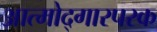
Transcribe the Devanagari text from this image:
आत्मोद्गारपरक